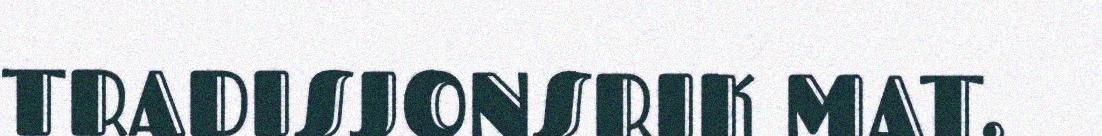
TRADISJONSRIK MAT.